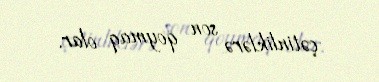
çətinliklərə son qoymaq olar.